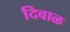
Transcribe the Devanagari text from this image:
दिवाळ